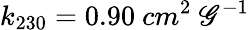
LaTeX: {k_{230}=0.90\ cm^{2}\ \mathscr{G}^{-1}}